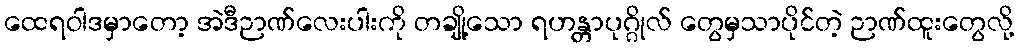
ထေရဝါဒမှာတော့ အဲဒီဉာဏ်လေးပါးကို တချို့သော ရဟန္တာပုဂ္ဂိုလ် တွေမှသာပိုင်တဲ့ ဉာဏ်ထူးတွေလို့